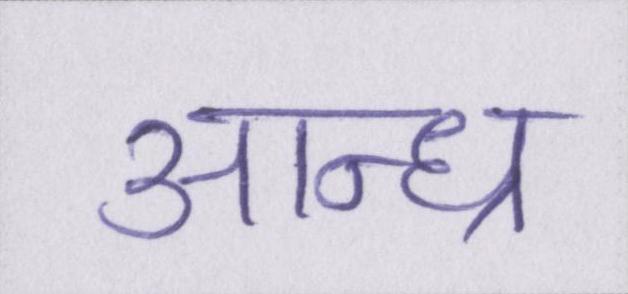
आन्ध्र